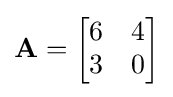
\mathbf {A} ={\begin{bmatrix}6&4\\3&0\end{bmatrix}}